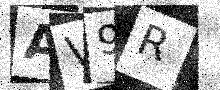
Text: AV9R